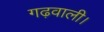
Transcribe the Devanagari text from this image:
गढ़वाली।